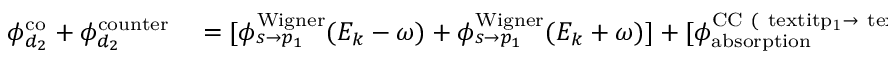
\begin{array} { r l } { \phi _ { d _ { 2 } } ^ { \mathrm { { c o } } } + \phi _ { d _ { 2 } } ^ { \mathrm { { c o u n t e r } } } } & { { } = [ \phi _ { s \rightarrow p _ { 1 } } ^ { \mathrm { { W i g n e r } } } ( E _ { k } - \omega ) + \phi _ { s \rightarrow p _ { 1 } } ^ { \mathrm { { W i g n e r } } } ( E _ { k } + \omega ) ] + [ \phi _ { \mathrm { { a b s o r p t i o n } } } ^ { \mathrm { { C C } ~ ( \ t e x t i t { p } _ { 1 } \rightarrow \ t e x t i t { d } _ { 2 } ) } } ( E _ { k } - \omega ; E _ { k } ) + \phi _ { \mathrm { { e m i s s i o n } } } ^ { \mathrm { { C C } ~ ( \ t e x t i t { p } _ { 1 } \rightarrow \ t e x t i t { d } _ { 2 } ) } } ( E _ { k } + \omega ; E _ { k } ) ] } \end{array}